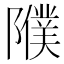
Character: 𨽂